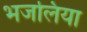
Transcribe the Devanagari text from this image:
भजलिया